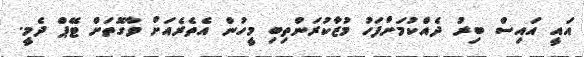
އައީ އައިސް ބިރު ދެއްކުމަށްފަހު މުޒާކުރަންތިބި މީހުން އެތެރެއަށް ވާގޮތަށް ޓޭޕް ދެމީ.